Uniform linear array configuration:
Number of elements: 24
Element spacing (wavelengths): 1
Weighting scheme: binomial
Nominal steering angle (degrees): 15
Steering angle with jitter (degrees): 15.765
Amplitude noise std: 0.05
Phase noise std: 0.05

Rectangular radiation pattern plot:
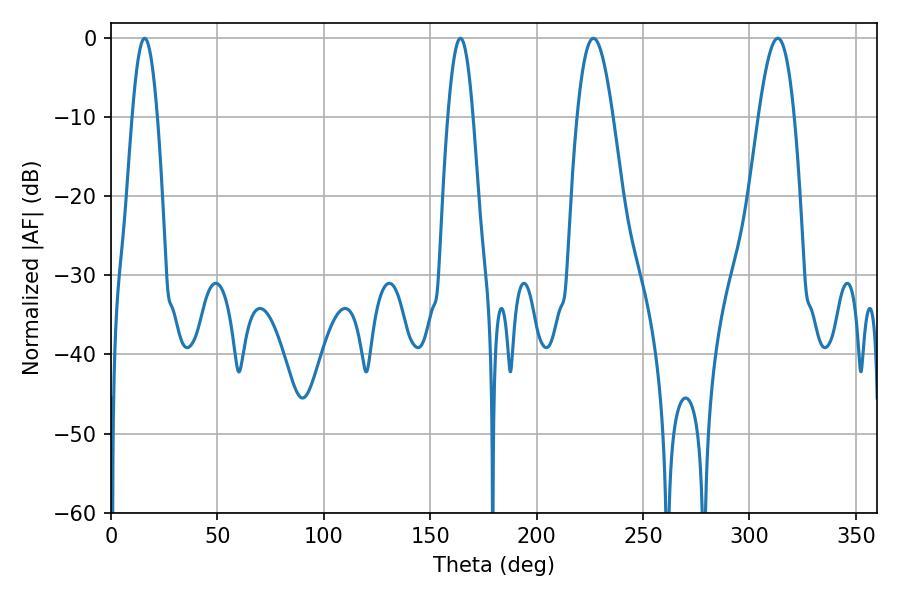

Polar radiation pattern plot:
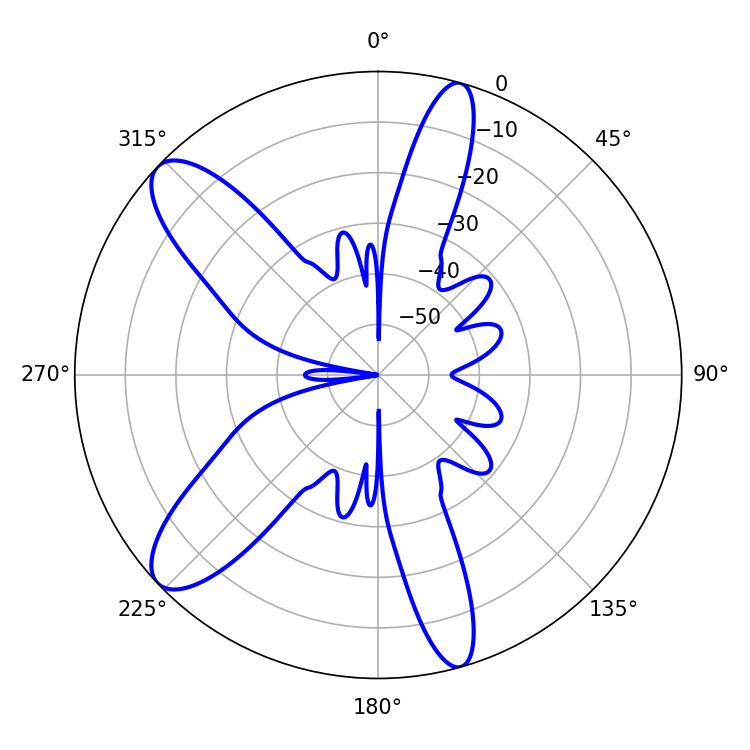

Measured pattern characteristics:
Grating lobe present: TRUE
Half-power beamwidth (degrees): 6.48
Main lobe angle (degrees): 15.84